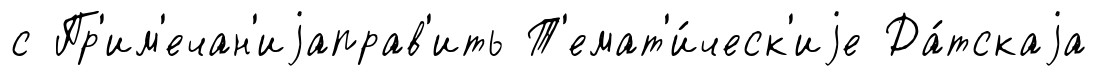
с Пр'им'ечан'иjаправ'ить Т'емат'и́ческ'иjе Да́тскаjа